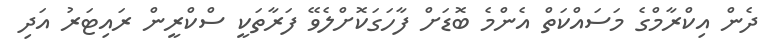
ދެން އިކްރާމްގެ މަސައްކަތް އެންމެ ބޮޑަށް ފާހަގަކޮށްލެވޭ ފަރާތަކީ ސްކްރީން ރައިޓަރު އަދި